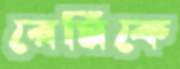
রেমিকে